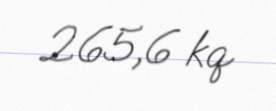
265,6 kq